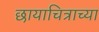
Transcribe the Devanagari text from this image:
छायाचित्राच्या